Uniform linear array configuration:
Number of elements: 12
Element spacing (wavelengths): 0.75
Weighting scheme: cosine
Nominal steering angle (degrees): -60
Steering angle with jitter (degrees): -60.043
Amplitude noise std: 0.05
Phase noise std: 0.05

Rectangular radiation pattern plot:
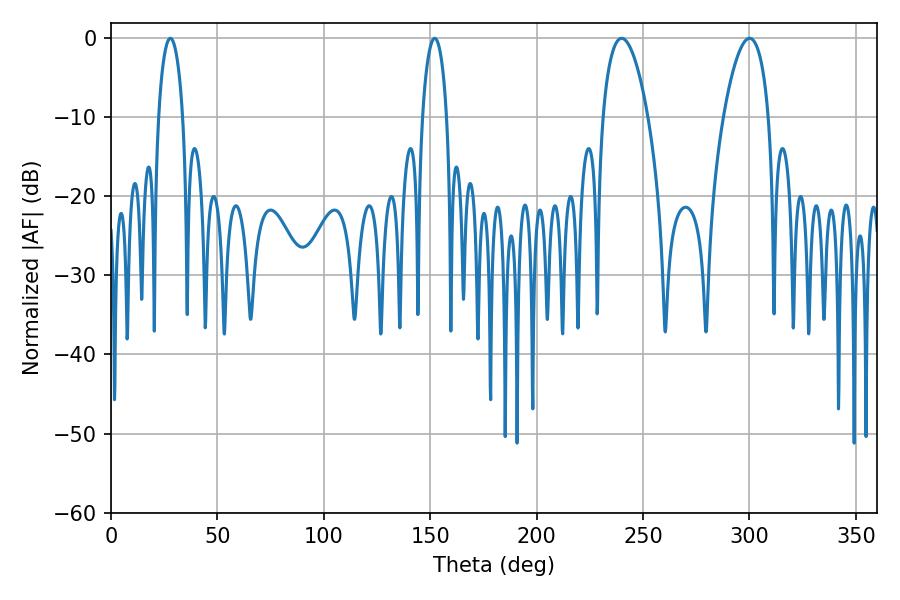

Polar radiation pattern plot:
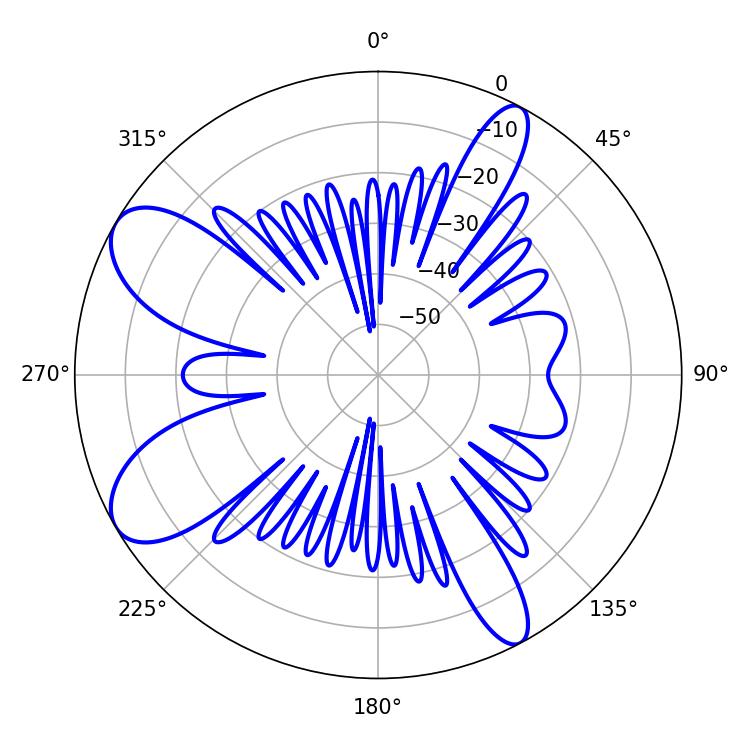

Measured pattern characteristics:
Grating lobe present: TRUE
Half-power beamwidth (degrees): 11.88
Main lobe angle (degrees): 300.06